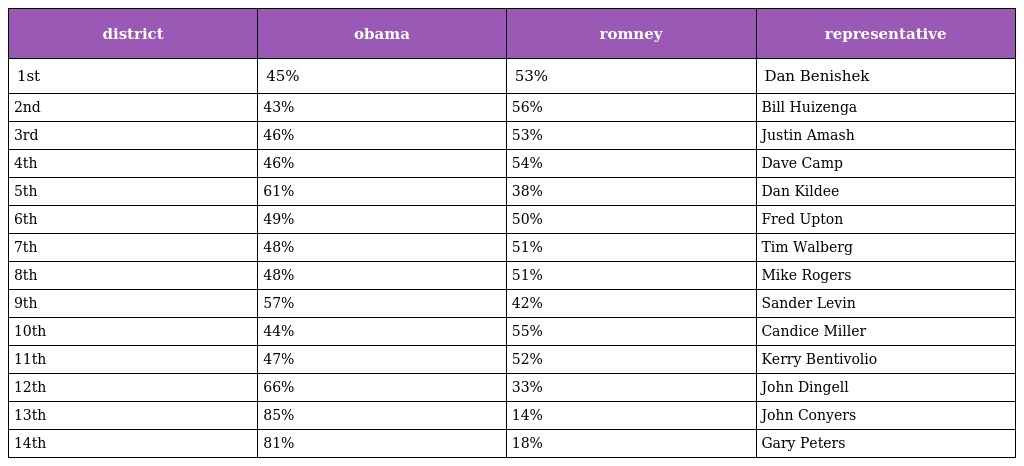
| district | obama | romney | representative |
 | --- | --- | --- | --- |
 | 1st | 45% | 53% | Dan Benishek |
 | 2nd | 43% | 56% | Bill Huizenga |
 | 3rd | 46% | 53% | Justin Amash |
 | 4th | 46% | 54% | Dave Camp |
 | 5th | 61% | 38% | Dan Kildee |
 | 6th | 49% | 50% | Fred Upton |
 | 7th | 48% | 51% | Tim Walberg |
 | 8th | 48% | 51% | Mike Rogers |
 | 9th | 57% | 42% | Sander Levin |
 | 10th | 44% | 55% | Candice Miller |
 | 11th | 47% | 52% | Kerry Bentivolio |
 | 12th | 66% | 33% | John Dingell |
 | 13th | 85% | 14% | John Conyers |
 | 14th | 81% | 18% | Gary Peters |